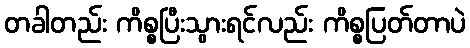
တခါတည်း ကိစ္စပြီးသွားရင်လည်း ကိစ္စပြတ်တာပဲ